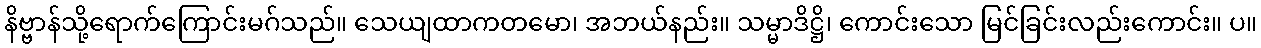
နိဗ္ဗာန်သို့ရောက်ကြောင်းမဂ်သည်။ သေယျထာကတမော၊ အဘယ်နည်း။ သမ္မာဒိဋ္ဌိ၊ ကောင်းသော မြင်ခြင်းလည်းကောင်း။ ပ။